NAE_kihelkonnakohtute_kirjad_ja_protokollid_1869-1889, lk 4
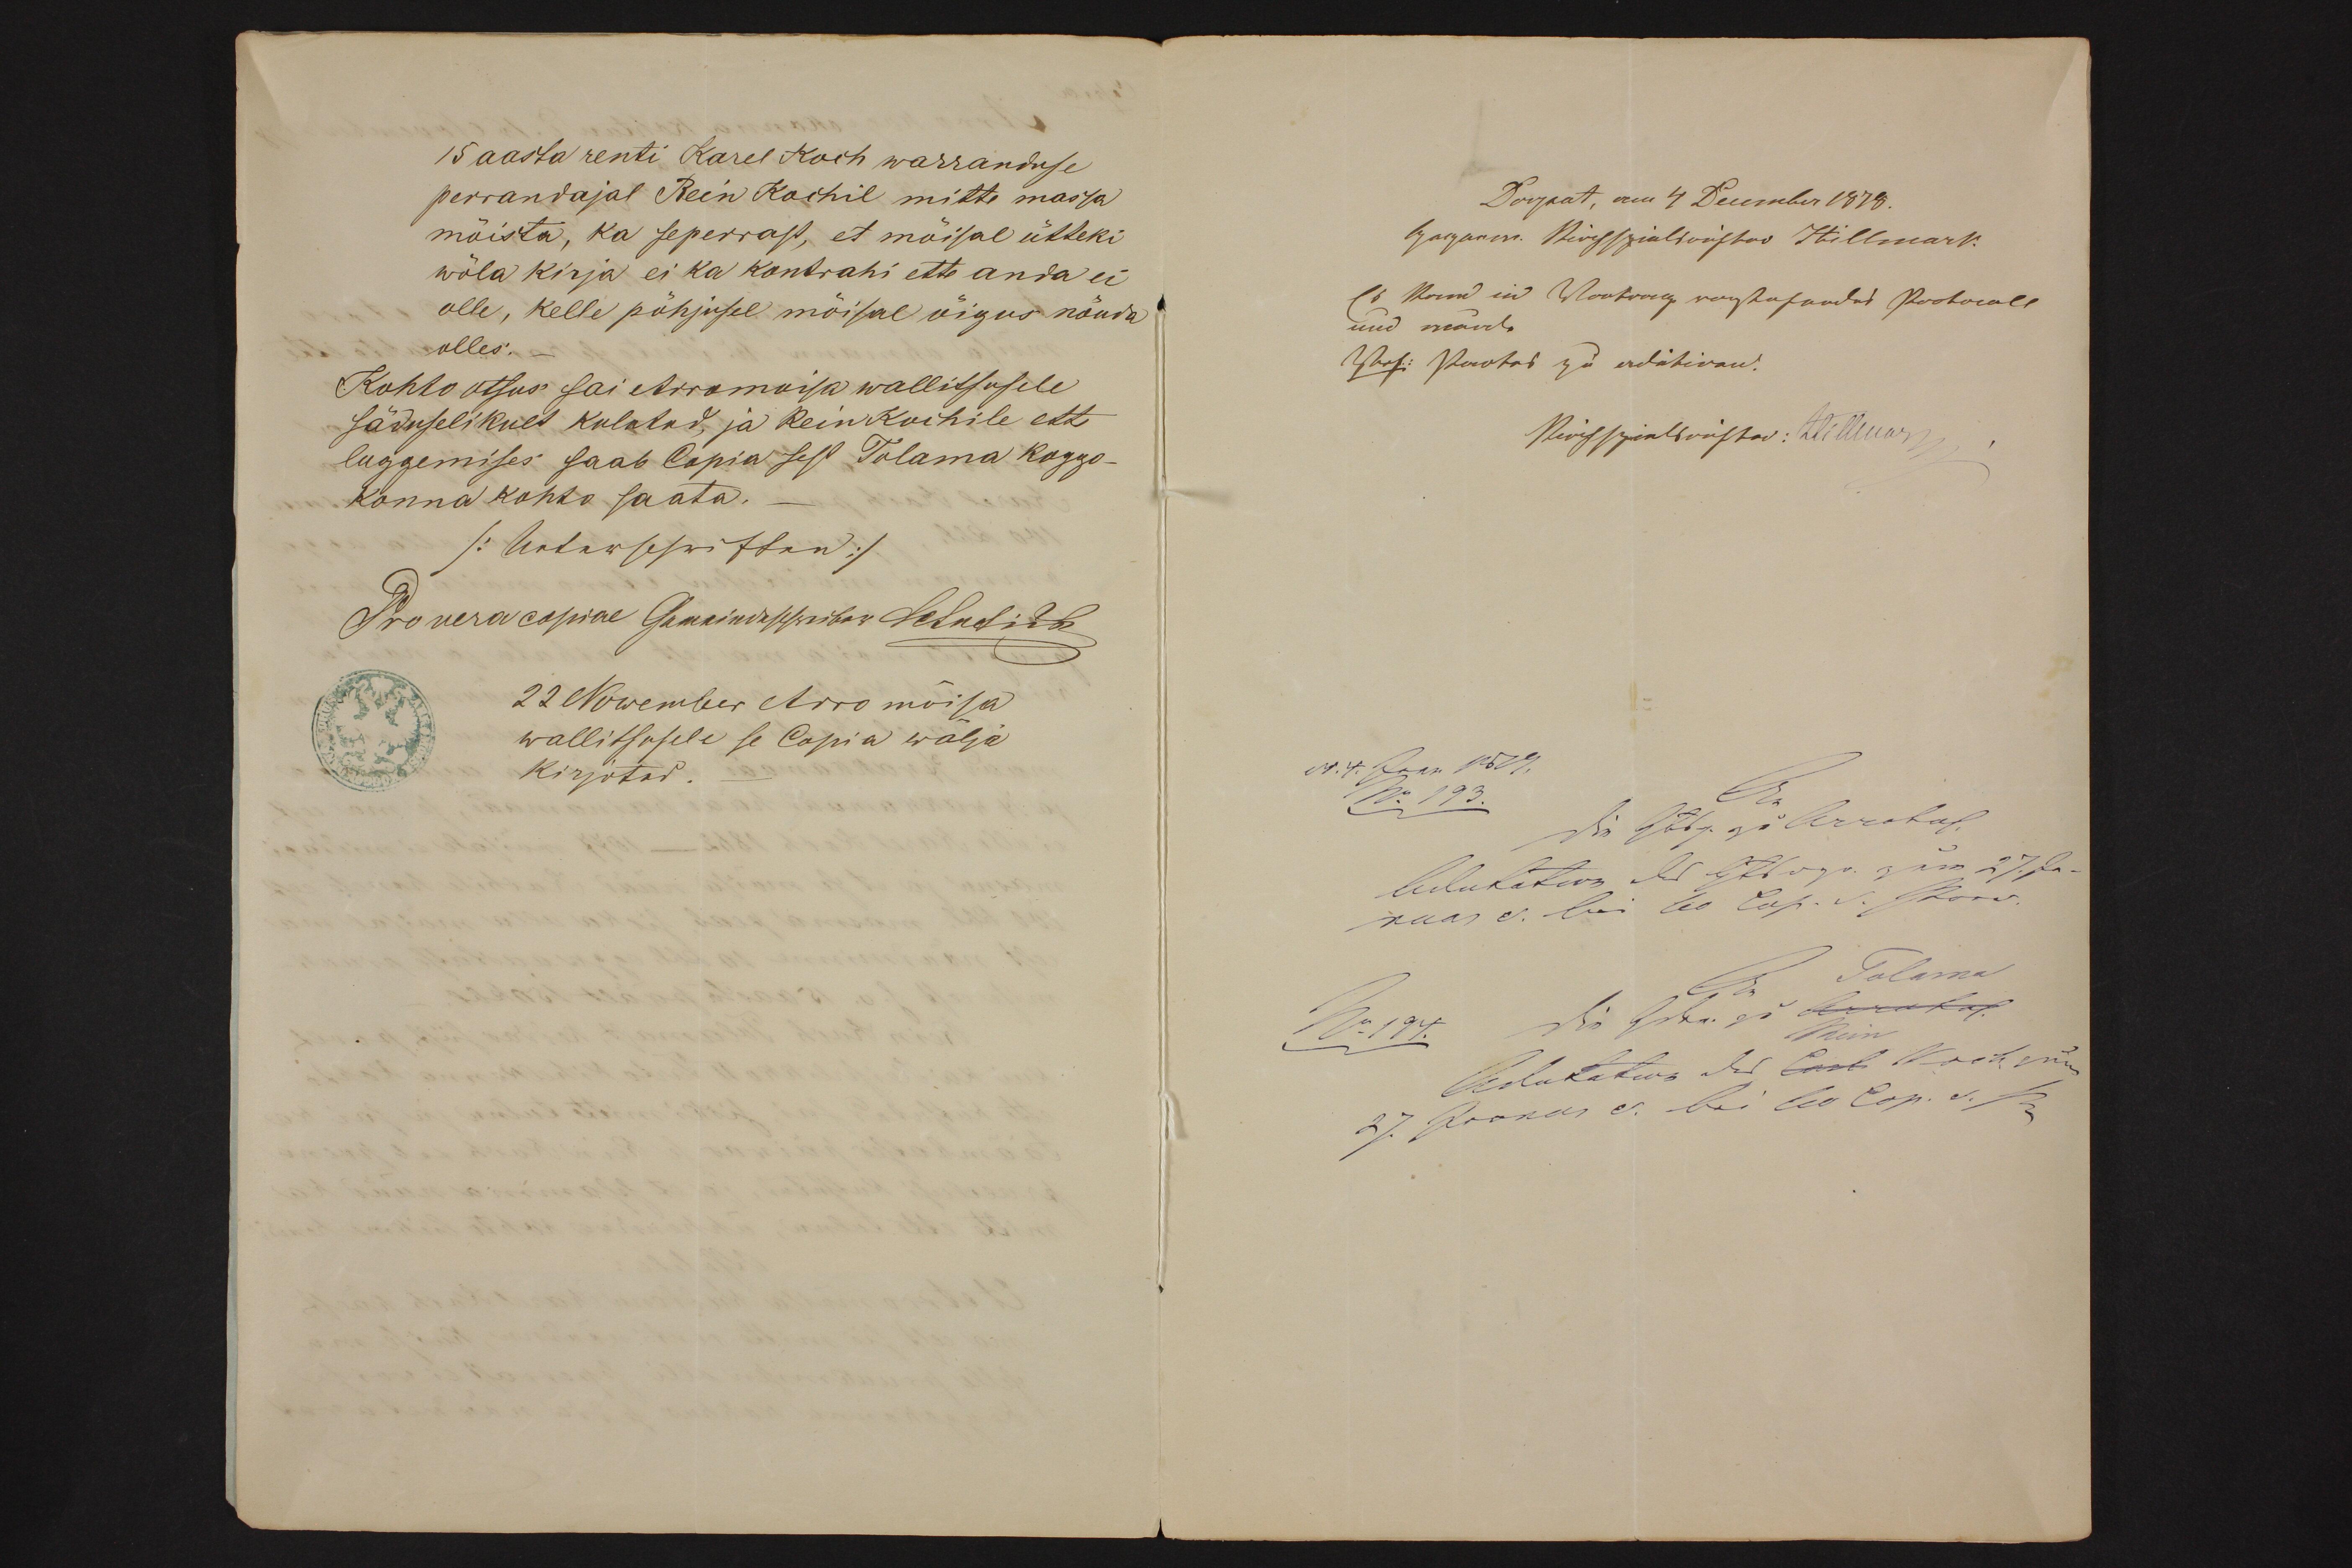
15 aasta renti Karel Koch warranduse
perrandajal Rein Kochil mitte massa
mõista, ka seperrast, et mõisal ütteki
wõla kirja ei ka kontrahi ette anda ei
olle, kelle põhjusel mõisal õigus nõuda
olles.
Kohto otsus sai Arromoisa wallitsusele
säduselikult kulatud, ja Rein Kochile ette
luggemises saab Copia sest Tolama koggo-
konna kohto saata.
22 Nowember Arromõisa
wallitsusele se Copia wälja
kirjotad.